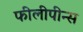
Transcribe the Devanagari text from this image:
फीलीपीन्स